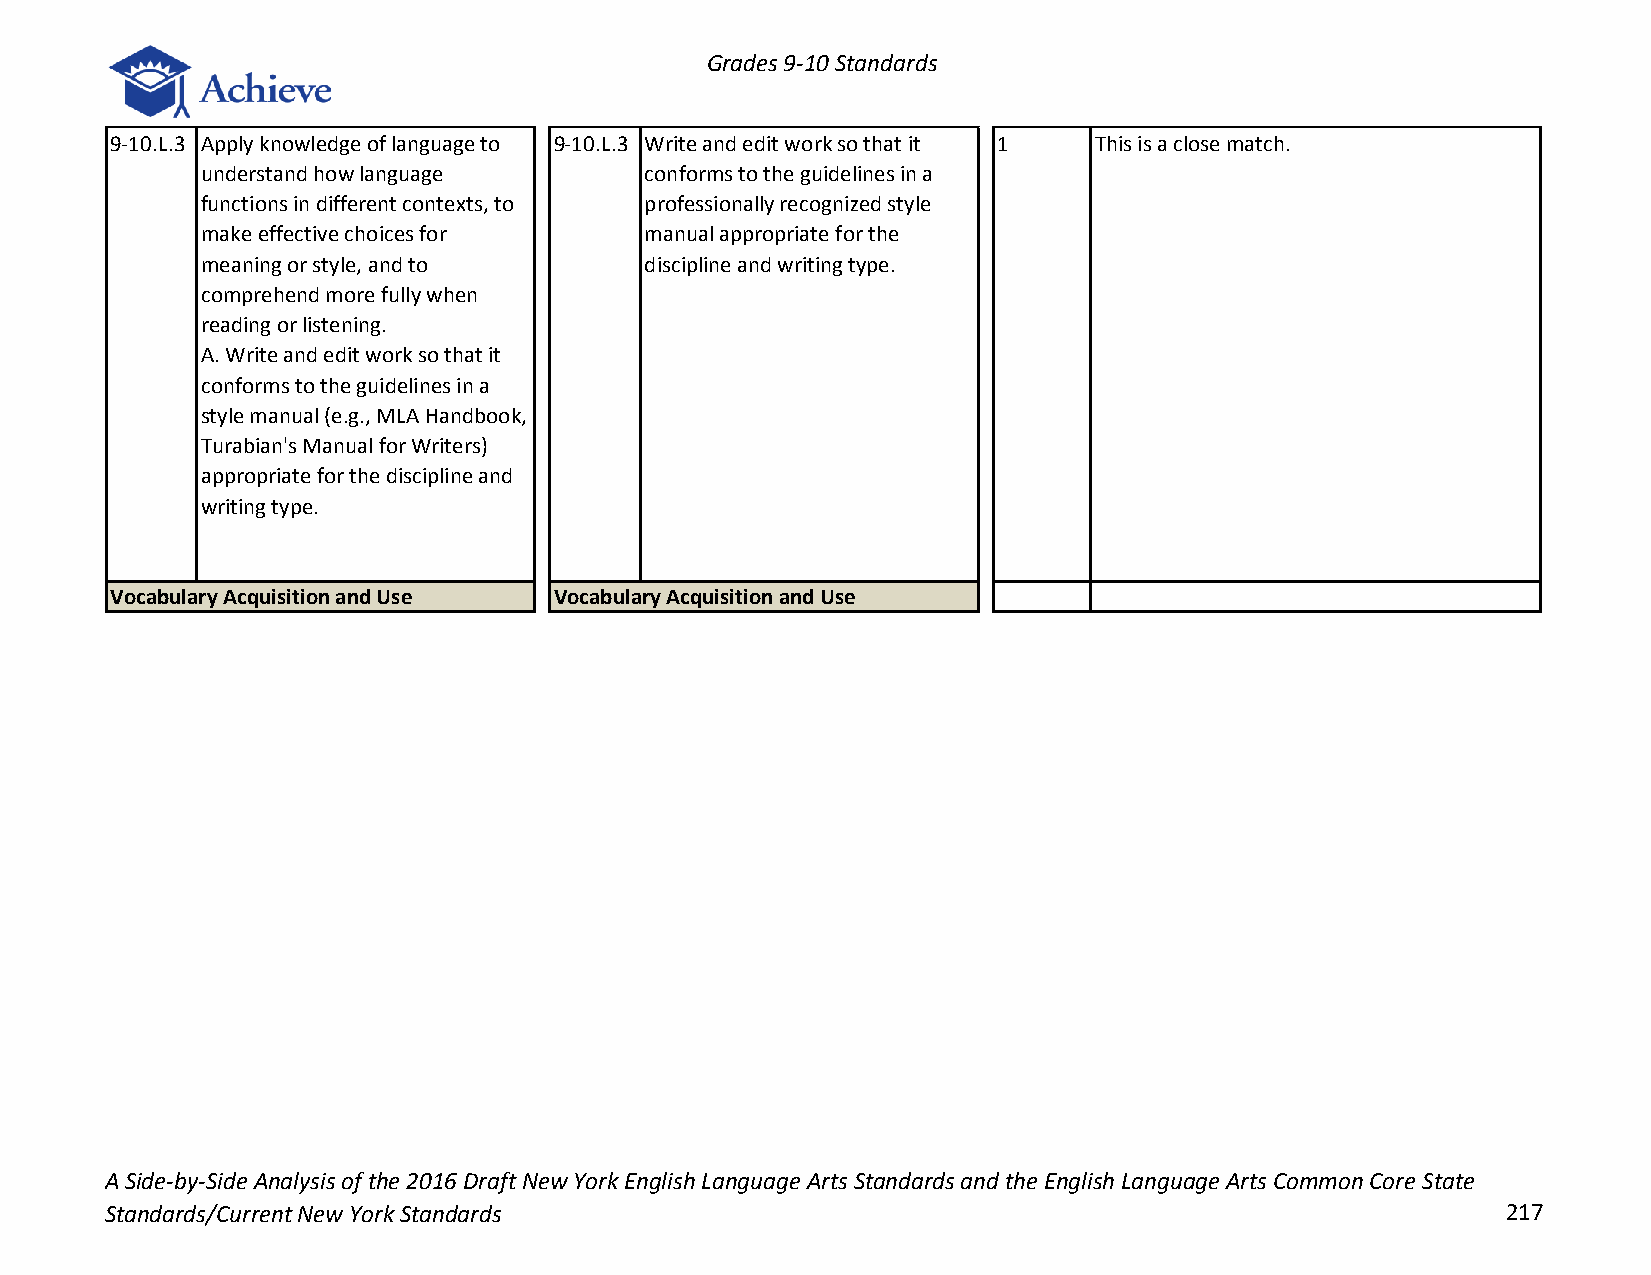
Grades 9-10 Standards
 9-10.L.3 Apply knowledge of language to 9-10.L.3 Write and edit work so that it 1 This is a close match.
 understand how language       conforms to the guidelines in a
 functions in different contexts, to professionally recognized style
 make effective choices for    manual appropriate for the
 meaning or style, and to      discipline and writing type.
 comprehend more fully when
 reading or listening.
 A. Write and edit work so that it
 conforms to the guidelines in a
 style manual (e.g., MLA Handbook,
 Turabian's Manual for Writers)
 appropriate for the discipline and
 writing type.
 Vocabulary Acquisition and Use Vocabulary Acquisition and Use
 A Side-by-Side Analysis of the 2016 Draft New York English Language Arts Standards and the English Language Arts Common Core State
 Standards/Current New York Standards                                                         217